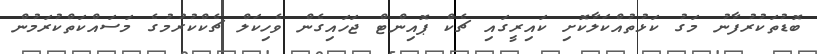
ބޮޑުތަކުރުފާނު މަގު ކަޅުތުއްކަލާކޮށި ކައިރީގައި ޗެކް ޕޮއިންޓް ޖަހައިގެން ވެހިކަލް ޗެކްކުރުމުގެ މަސައްކަތްކުރަމުން